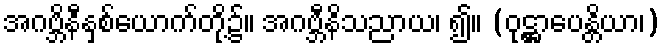
အဂဗ္ဘိနီနှစ်ယောက်တို့၌။ အဂဗ္ဘီနိသညာယ၊ ၍။ (ဝုဋ္ဌာပေန္တိယာ၊)